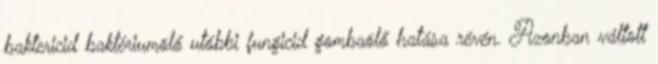
baktericid baktériumölő utóbbi fungicid gombaölő hatása révén. Azonban váltott